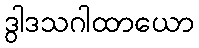
ဒွါဒသဂါထာယော